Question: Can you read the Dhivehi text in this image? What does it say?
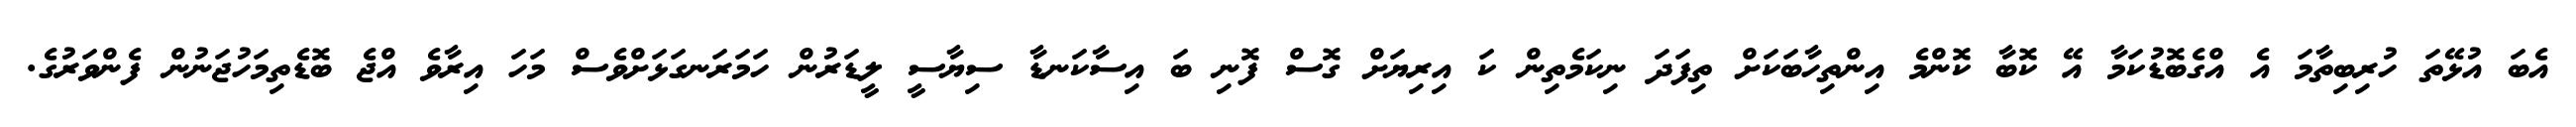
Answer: އެބަ އުޅޭތަ ހުރިބިތާމަ އެ އްގެބޮޑުކަމާ އޭ ކޮބާ ކޮންމެ އިންތިހާބަކަށް ތިފަދަ ނިކަމެތިން ކަ އިރިޔަށް ގޮސް ފޮނި ބަ އިސާކަނޑާ ސިޔާސީ ލީޑަރުން ހަމަރަނގަޅަށްވެސް މަހަ އިރާވެ އްޖެ ބޮޑެތިމަހުޖަނުން ފެންވަރުގެ.